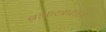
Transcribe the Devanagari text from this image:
ब्रह्मास्त्रप्राप्ती